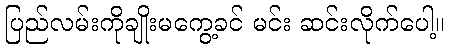
ပြည်လမ်းကိုချိုးမကွေ့ခင် မင်း ဆင်းလိုက်ပေါ့။